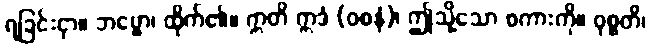
ရခြင်းငှာ။ ဘဗ္ဗော၊ ထိုက်၏။ ဣတိ ဣဒံ (ဝစနံ)၊ ဤသို့သော စကားကို။ ဝုစ္စတိ၊